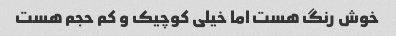
خوش رنگ هست اما خیلی کوچیک و کم حجم هست